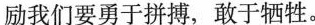
励我们要勇于拼搏，敢于牺牲。